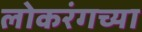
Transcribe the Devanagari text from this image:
लोकरंगच्या